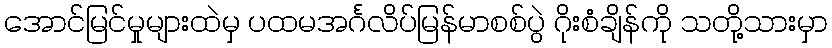
အောင်မြင်မှုများထဲမှ ပထမအင်္ဂလိပ်မြန်မာစစ်ပွဲ ဂိုးစံချိန်ကို သတို့သားမှာ